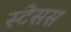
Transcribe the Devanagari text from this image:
स्टेसस